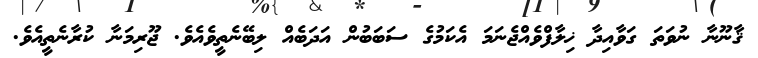
ޤާނޫނާ ނުވަތަ ގަވާއިދާ ޚިލާފްވެއްޖެނަމަ އެކަމުގެ ސަބަބުން އަދަބެއް ލިބޭނެތީވެއެވެ. ޖޫރިމަނާ ކުރާނެތީއެވެ.